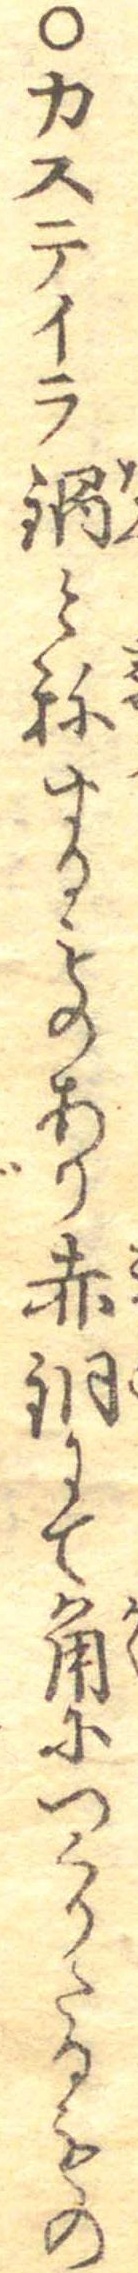
○カステイラ鍋と称するものあり赤銅にて角につくりたるもの